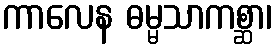
ကာလေန ဓမ္မသာကစ္ဆာ၊